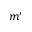
m ^ { \prime }